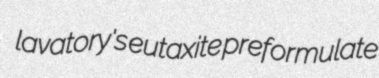
lavatory's eutaxite preformulate